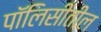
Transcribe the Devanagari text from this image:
पॉलिसीतील